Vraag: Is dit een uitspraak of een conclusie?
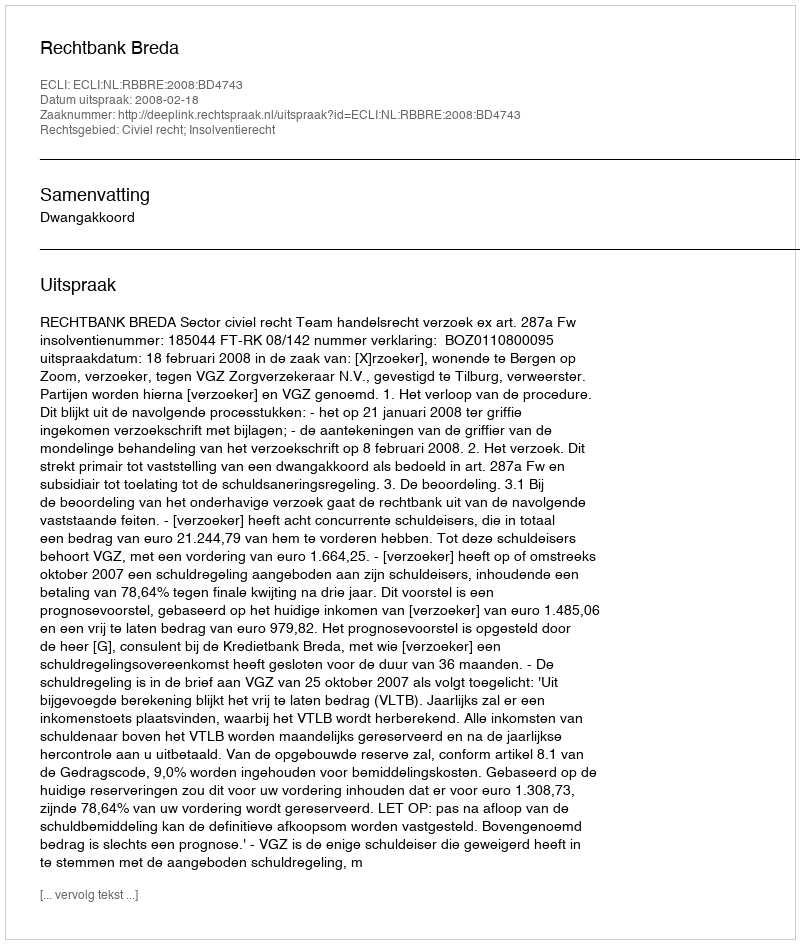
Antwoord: Uitspraak